Annual administration report of the Civil Veterinary Department of India - 1902-1903
Year: 1902
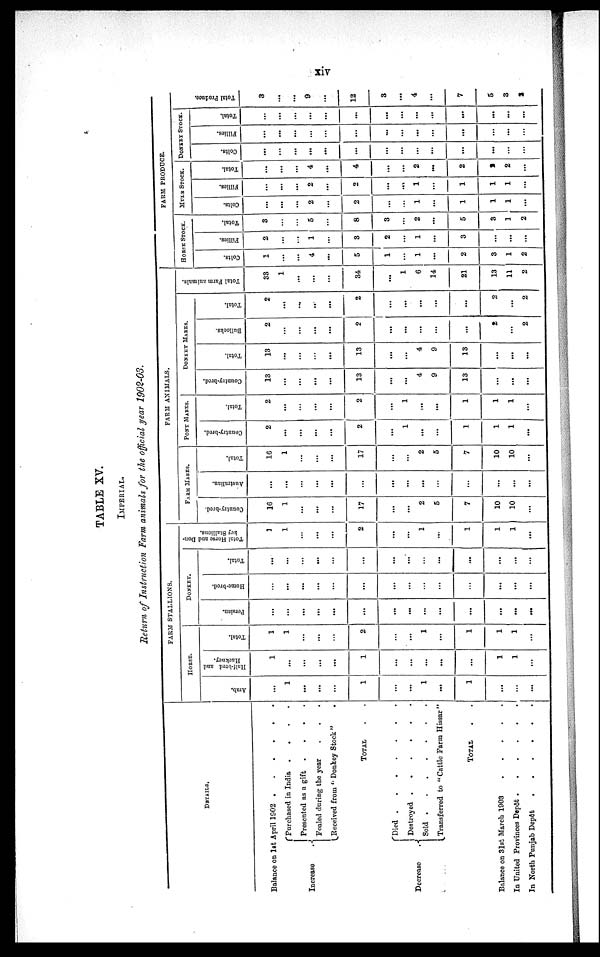
xiv
TABLE XV.
IMPERIAL.
Return of Instruction Farm animals for the official year 1902-03.
DETAILS.
Balance on 1st April 1902
.
.
.
.
.
.
Increase .
Purchased in India .
.
.
.
Presented as a gift .
.
.
.
Foaled during the year . . . .
Received from "Donkey Stock " .
TOTAL . . .
Decrease
.
Died
.
.
.
.
.
Destroyed
.
.
.
.
Sold
.
.
.
Transferred to "Cattle Farm Hissar"
TOTAL . . .
Balance on 31st March 1903
.
.
.
.
.
In United Provinces Depôt
.
.
.
.
.
In North Punjab Depôt
.
.
.
.
FARM STALLIONS.
HORSE.
Arab.
...
1
...
...
...
1
...
...
1
...
1
...
...
...
Half-bred and
Hackney.
1
...
...
...
...
1
...
...
...
...
...
1
1
...
Total.
1
1
...
...
...
2
...
...
1
...
1
1
1
...
DONKEY.
Persian.
...
...
...
...
...
...
...
...
...
...
...
...
...
...
Home-bred.
...
...
...
...
...
...
...
...
...
...
...
...
...
...
Total.
...
...
...
...
...
...
...
...
...
...
...
...
...
...
Total Horse and Don-
key Stallions.
1
1
...
...
...
2
...
...
1
...
1
1
1
...
FARM ANIMALS.
FARM MARES.
Country-bred.
16
1
...
...
...
17
...
...
2
5
7
10
10
...
Australian.
...
...
...
...
...
...
...
...
...
...
...
...
...
...
Total.
16
1
...
...
...
17
...
...
2
5
7
10
10
...
PONY MARES.
Country-bred.
2
...
...
...
...
2
...
1
...
...
1
1
1
...
Total.
2
...
...
...
...
2
...
1
...
...
1
1
1
...
DONKEY
MARES.
Country-bred.
13
...
...
...
...
13
...
...
4
9
13
...
...
...
Total.
13
...
...
...
...
13
...
...
4
9
13
...
...
...
Bullocks.
2
...
...
...
...
2
...
...
...
...
...
2
...
2
Total.
2
...
...
..
...
2
...
...
...
...
...
2
...
2
Total Farm animals.
33
1
...
...
...
34
...
1
6
14
21
13
11
2
FARM PRODUCE.
HORSE
STOCK.
Colts.
1
...
...
4
...
5
1
...
1
...
2
3
1
2
Fillies.
2
...
...
1
...
3
2
...
1
...
3
...
...
...
Total.
3
...
...
5
...
8
3
...
2
...
5
3
1
2
MULE
STOCK.
Colts.
...
...
...
2
...
2
...
...
1
...
1
1
1
...
Fillies.
...
...
2
...
2
...
...
1
...
1
1
1
...
Total.
...
...
...
4
...
4
...
...
2
...
2
9
2
...
DONKEY
STOCK.
Colts.
...
...
...
...
...
...
...
...
...
...
...
...
...
...
Fillies.
...
...
...
...
...
...
...
...
...
...
...
...
...
...
Total.
...
...
...
...
...
...
...
...
...
...
...
...
...
Total Produce.
3
...
...
9
...
12
3
...
4
...
7
5
3
2